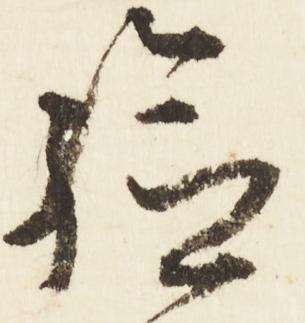
給